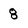
Character: 8